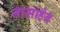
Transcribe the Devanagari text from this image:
नासाहेब